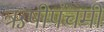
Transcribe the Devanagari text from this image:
ऋषीपंचमी